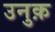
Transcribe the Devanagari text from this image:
उनुक़